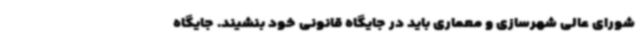
شورای عالی شهرسازی و معماری باید در جایگاه قانونی خود بنشیند. جایگاه